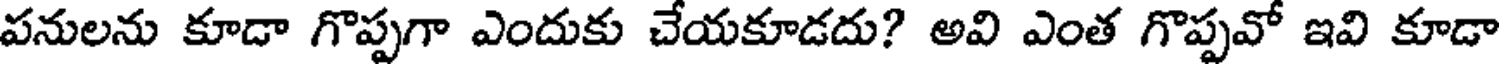
పనులను కూడా గొప్పగా ఎందుకు చేయకూడదు? అవి ఎంత గొప్పవో ఇవి కూడా